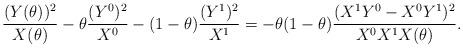
LaTeX: \begin{align*}\frac{(Y(\theta))^2}{X(\theta)} - \theta \frac{(Y^0)^2}{X^0} -(1-\theta)\frac{(Y^1)^2}{X^1} =-\theta(1-\theta)\frac{(X^1Y^0-X^0Y^1)^2}{X^0X^1X(\theta)}. \end{align*}